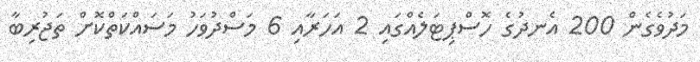
މަދުވެގެން 200 އެނދުގެ ހޮސްޕިޓަލެއްގައި 2 އަހަރާއި 6 މަސްދުވަހު މަސައްކަތްކޮށް ތަޖުރިބާ